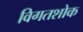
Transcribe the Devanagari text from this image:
विगतशोक